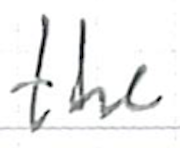
Text: the
Cross-out: clean
Writing tool: ballpoint